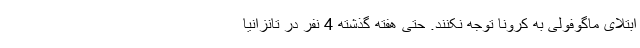
ابتلای ماگوفولی به کرونا توجه نکنند. حتی هفته گذشته 4 نفر در تانزانیا